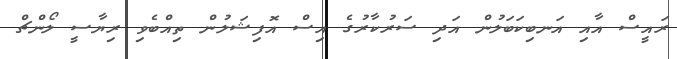
ރައީސް އާއި އަނބިކަބަލުން އަދި ސަރުކާރުގެ އިސް އޮފިޝަލުން ތިއްބެވި ރިޔާސީ ލޯންޗް